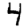
Digit: 4